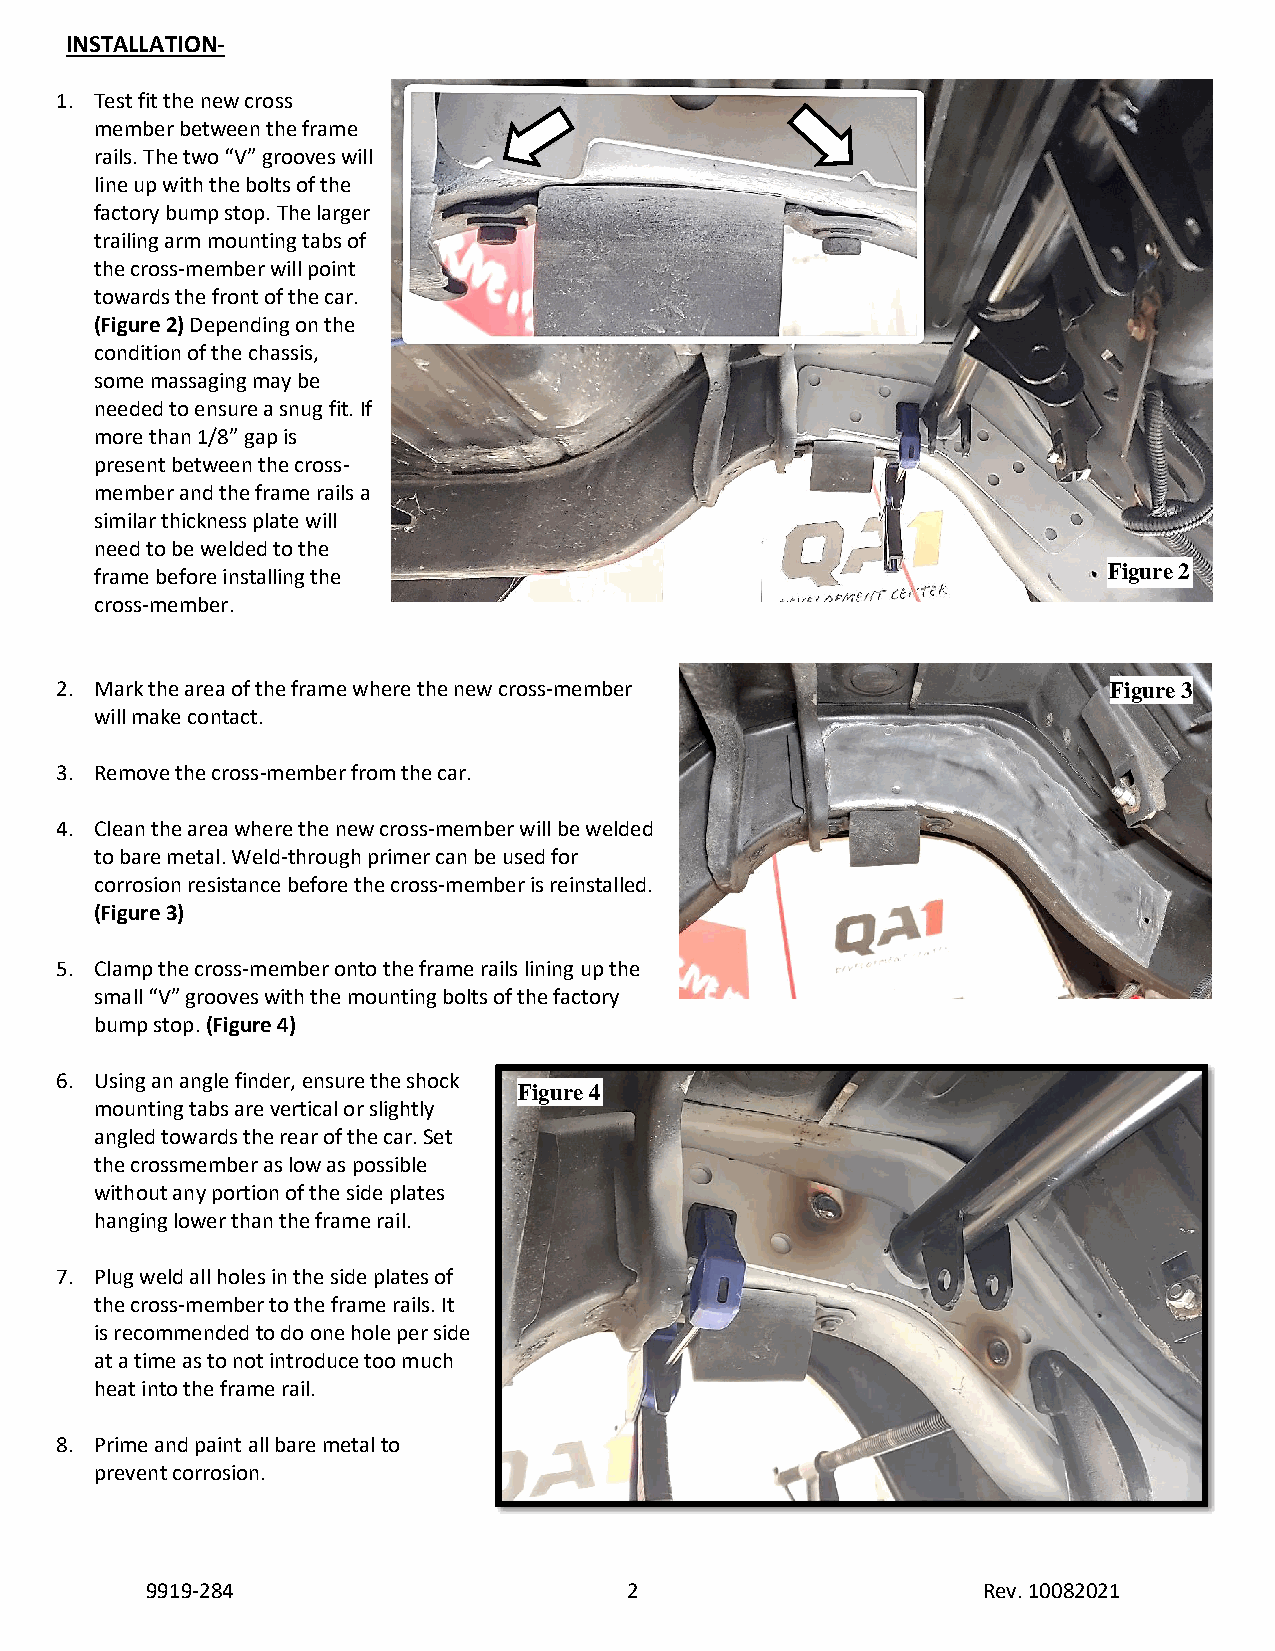
INSTALLATION-
 1. Test fit the new cross
 member between the frame
 rails. The two “V” grooves will
 line up with the bolts of the
 factory bump stop. The larger
 trailing arm mounting tabs of
 the cross-member will point
 towards the front of the car.
 (Figure 2) Depending on the
 condition of the chassis,
 some massaging may be
 needed to ensure a snug fit. If
 more than 1/8” gap is
 present between the cross-
 member and the frame rails a
 similar thickness plate will
 need to be welded to the
 frame before installing the                                        Figure 2
 cross-member.
 2. Mark the area of the frame where the new cross-member              Figure 3
 will make contact.
 3. Remove the cross-member from the car.
 4. Clean the area where the new cross-member will be welded
 to bare metal. Weld-through primer can be used for
 corrosion resistance before the cross-member is reinstalled.
 (Figure 3)
 5. Clamp the cross-member onto the frame rails lining up the
 small “V” grooves with the mounting bolts of the factory
 bump stop. (Figure 4)
 6. Using an angle finder, ensure the shock
 Figure 4
 mounting tabs are vertical or slightly
 angled towards the rear of the car. Set
 the crossmember as low as possible
 without any portion of the side plates
 hanging lower than the frame rail.
 7. Plug weld all holes in the side plates of
 the cross-member to the frame rails. It
 is recommended to do one hole per side
 at a time as to not introduce too much
 heat into the frame rail.
 8. Prime and paint all bare metal to
 prevent corrosion.
 9919-284                        2                      Rev. 10082021